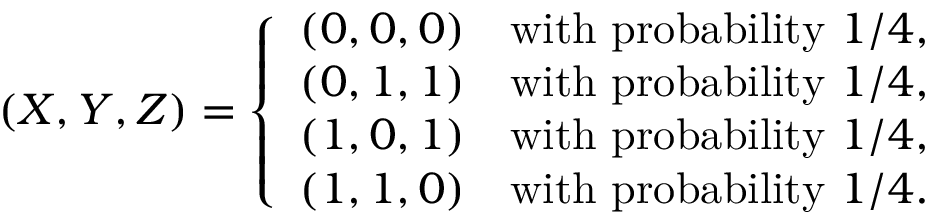
( X , Y , Z ) = \left\{ { \begin{array} { l l } { ( 0 , 0 , 0 ) } & { { \mathrm { w i t h ~ p r o b a b i l i t y } } \ 1 / 4 , } \\ { ( 0 , 1 , 1 ) } & { { \mathrm { w i t h ~ p r o b a b i l i t y } } \ 1 / 4 , } \\ { ( 1 , 0 , 1 ) } & { { \mathrm { w i t h ~ p r o b a b i l i t y } } \ 1 / 4 , } \\ { ( 1 , 1 , 0 ) } & { { \mathrm { w i t h ~ p r o b a b i l i t y } } \ 1 / 4 . } \end{array} } \right.